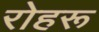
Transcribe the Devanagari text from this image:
रोहरू